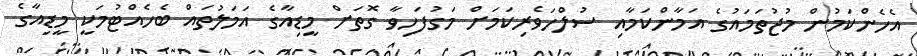
އެހެންކަމުން މުޖުތަމައުގެ އަމާންކަމާއި ސުލްހަވެރިކަމަށް މަގުފަހިވާ ގޮތަށް މީޑިއާގެ އަމަލުތައް ބެހެއްޓުމަކީ މީޑިއާގެ